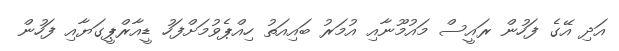
އަދި އޭގެ ފަހުން ރައީސް މައުމޫނާއި އުމަރު ބައިއަތު ހިއްޕެވުމަށްފަހު ޑީއާރްޕީގަޔާއި ފަހުން